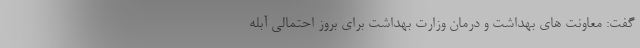
گفت: معاونت های بهداشت و درمان وزارت بهداشت برای بروز احتمالی آبله